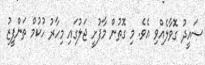
ސައީދު ގޮވާލެއްވި އެވެ. މި ގޮތުން މާފުށީ ޖަލުގައި މިހާރު ހުކުމް ތަންފީޒު